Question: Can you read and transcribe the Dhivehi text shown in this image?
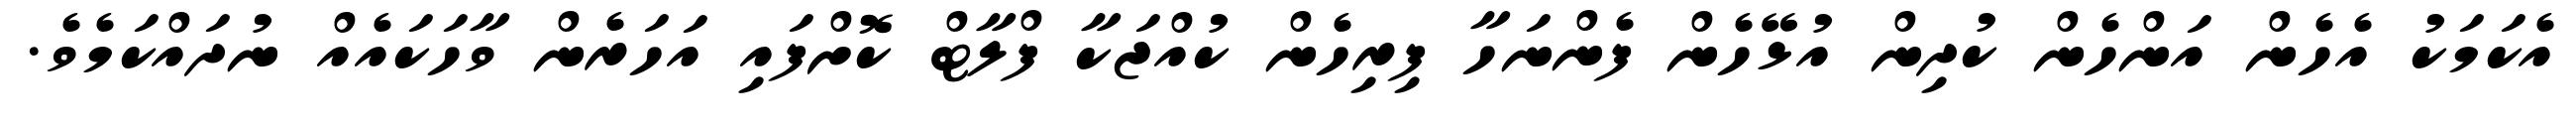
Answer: އެކަމަކު އެހެން އަންހެން ކުދިން އުޅޭހެން ފެންނަހާ ފިރިހެން ކުއްޖަކާ ފްލާޓް ކޮށްފައި އަހަރެން ވާހަކައެއް ނުދައްކަމެވެ.